Bombay plague: being a history of the progress of plague in the Bombay presidency from September 1896 to June 1899
Year: 1896
Disease focus: Plague
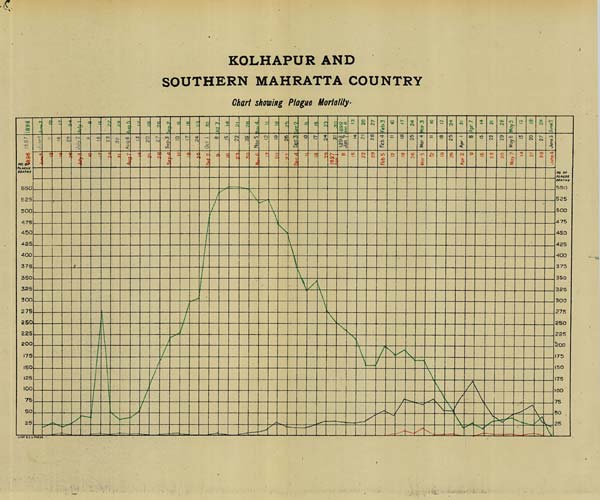
KOLHAPUR AND
SOUTHERN MAHRATTA COUNTRY
Chart showing Plague Mortality.